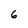
Character: 6